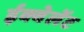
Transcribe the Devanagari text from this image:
ईक्वेलेंट